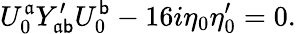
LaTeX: U_{0}^{\mathfrak{a}}Y_{\mathfrak{a}\mathsf{b}}^{\prime}U_{0}^{\mathsf{b}}-16i\eta_{0}\eta_{0}^{\prime}=0.